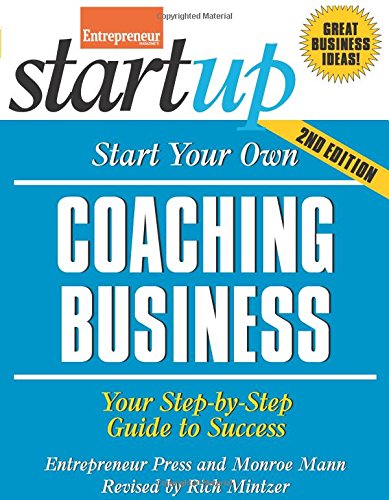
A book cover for Start Your Own Coaching Business: Your Step-By-Step Guide to Success (StartUp Series); Entrepreneur Press; Business & Money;